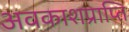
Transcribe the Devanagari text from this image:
अवकाशप्राप्ति